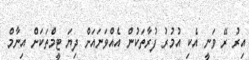
އިރު ރޭ ވަނީ އެކި އުމުރު ފުރާތަކުން އެއްވަނައަށް ދިޔަ ޓީމްތަކަށް އިނާމް